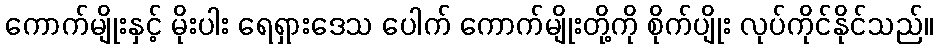
ကောက်မျိုးနှင့် မိုးပါး ရေရှားဒေသ ပေါက် ကောက်မျိုးတို့ကို စိုက်ပျိုး လုပ်ကိုင်နိုင်သည်။